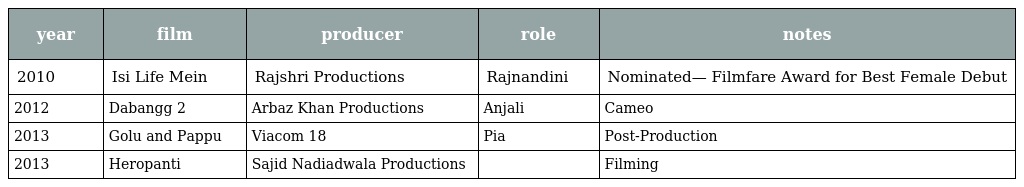
| year | film | producer | role | notes |
 | --- | --- | --- | --- | --- |
 | 2010 | Isi Life Mein | Rajshri Productions | Rajnandini | Nominated— Filmfare Award for Best Female Debut |
 | 2012 | Dabangg 2 | Arbaz Khan Productions | Anjali | Cameo |
 | 2013 | Golu and Pappu | Viacom 18 | Pia | Post-Production |
 | 2013 | Heropanti | Sajid Nadiadwala Productions |  | Filming |